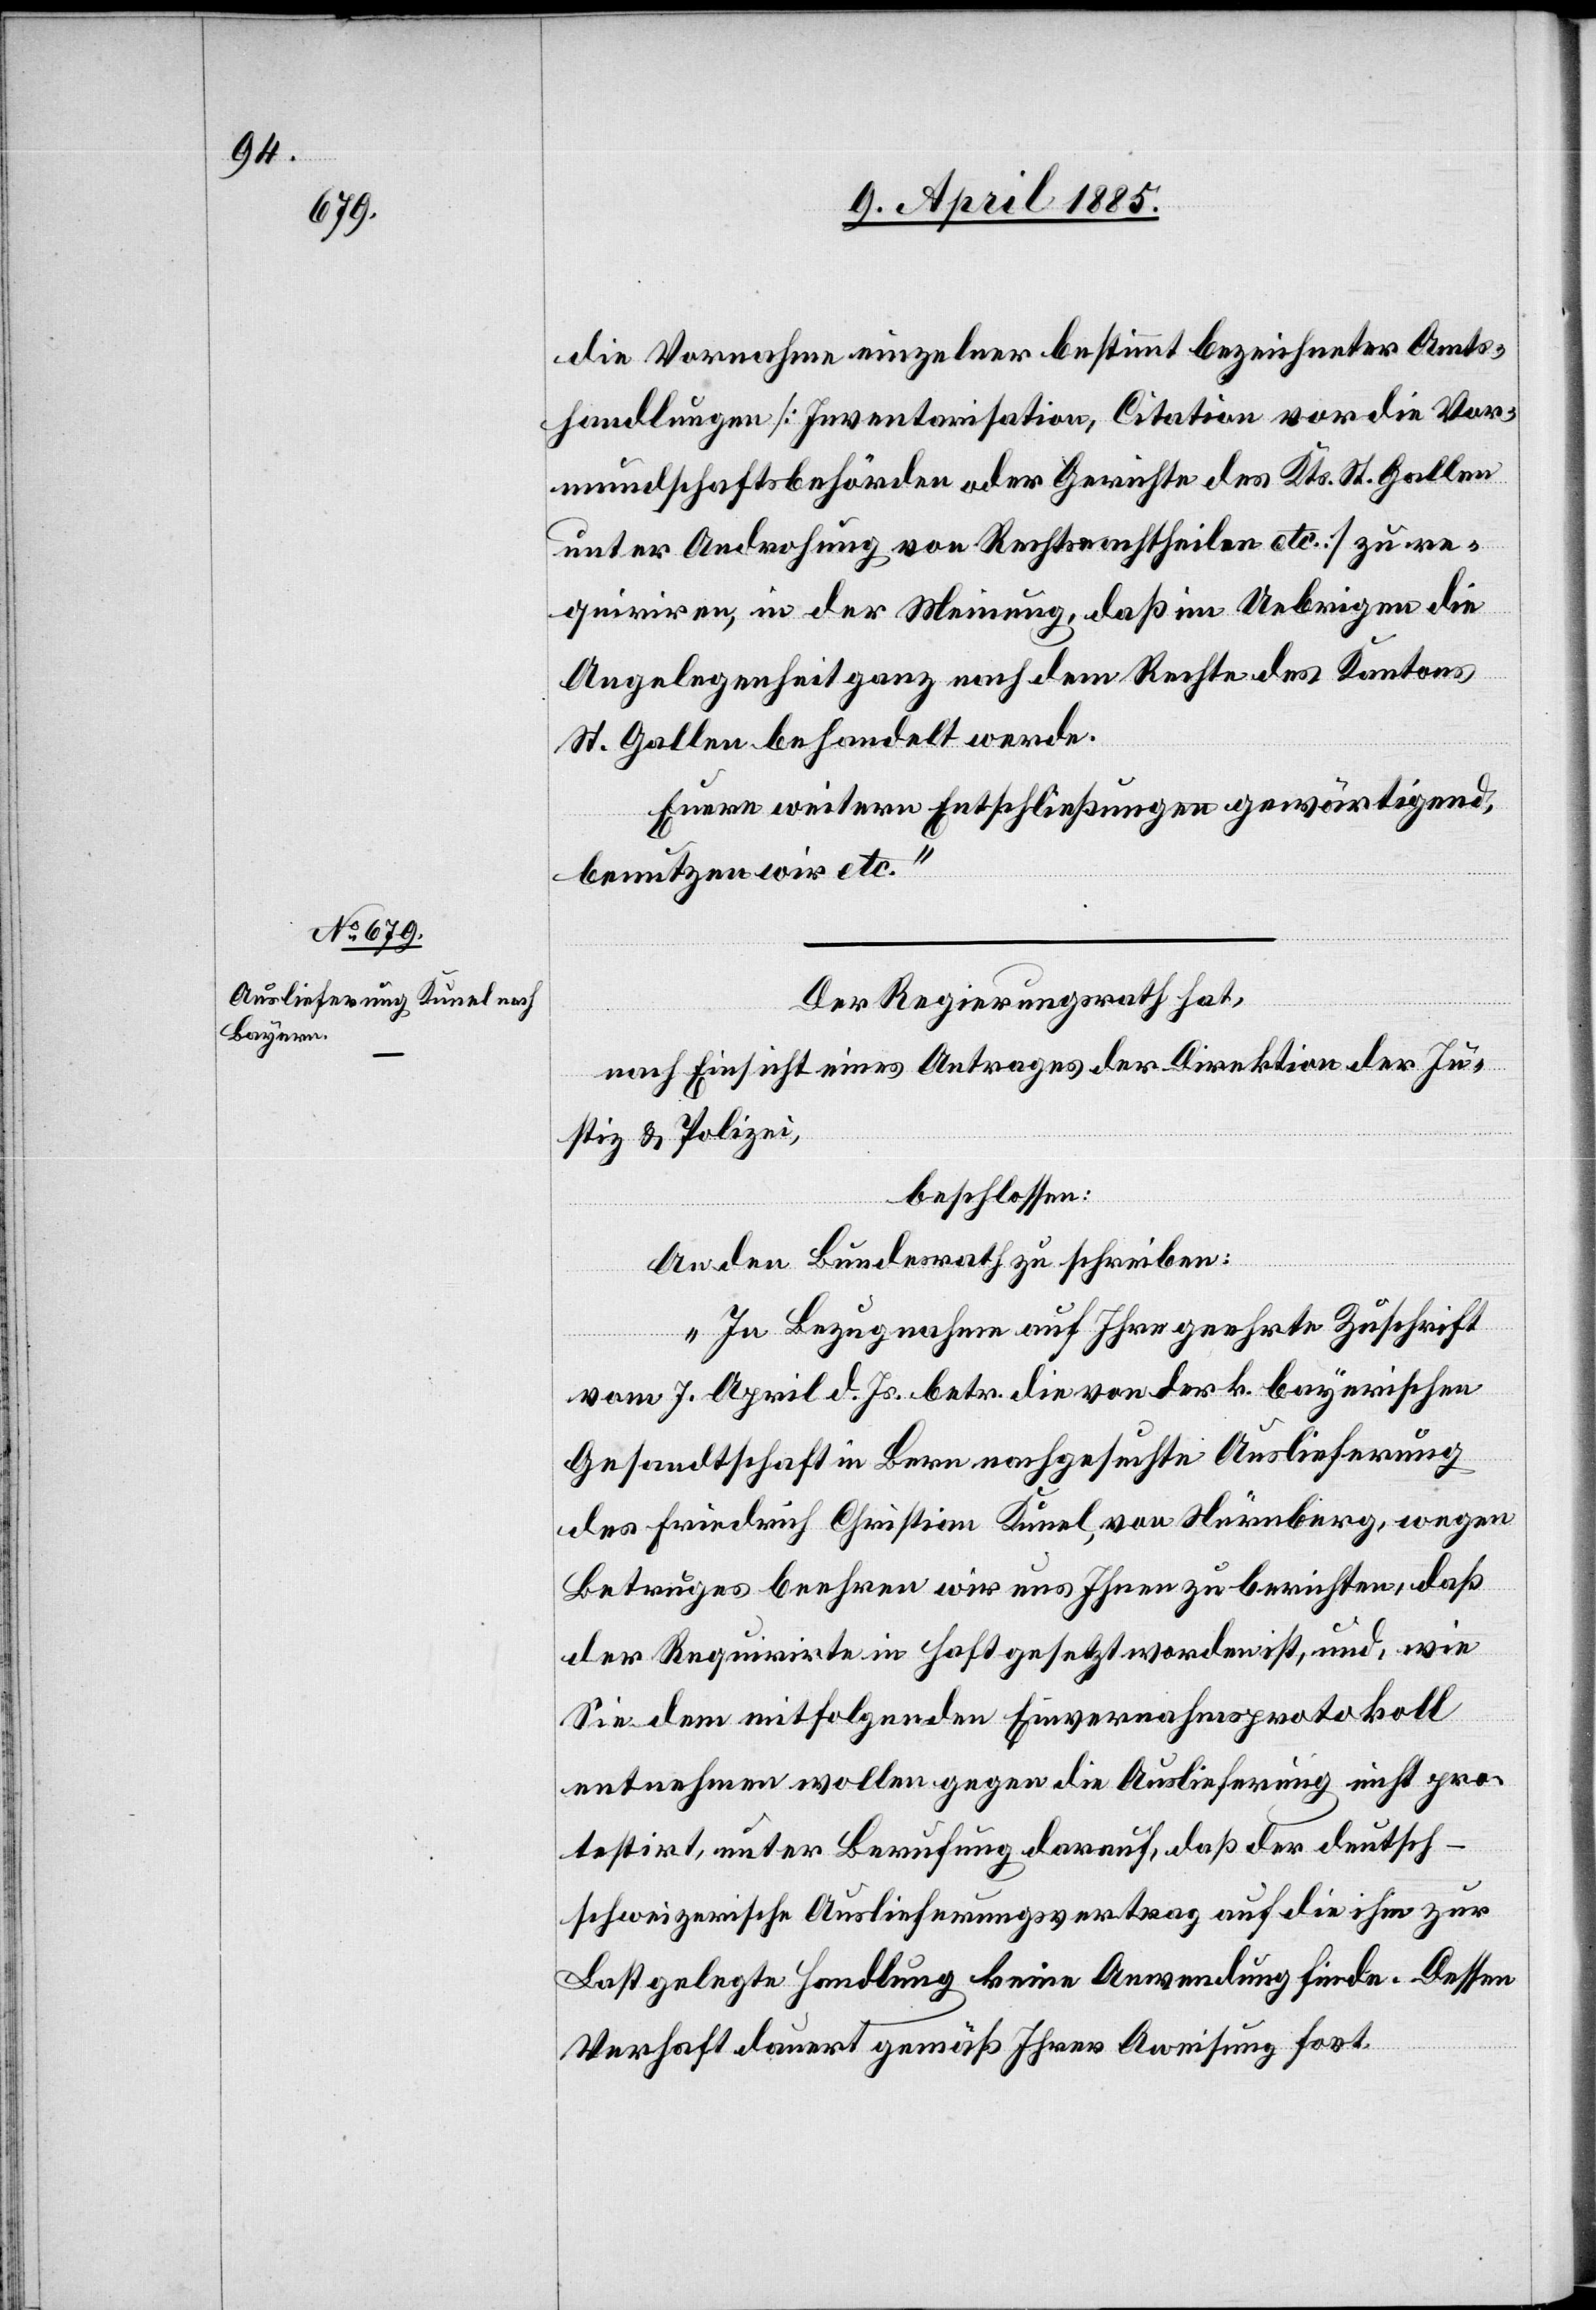
[sic!] Vornahme einzelner bestimmt bezeichneter Amts¬
handlungen [Inventorisation, Citation vor die Vor¬
mundschaftsbehörden oder Gerichte des Kts. St. Gallen
unter Androhung von Rechtsantheilen etc.] zu re¬
quiriren, in der Meinung, daß im Uebrigen die
Angelegenheit ganz nach dem Rechte des Kantons
St. Gallen behandelt werde.
Euere weitern Entschließungen gewärtigend,
benutzen wir etc.“
Der Regierungsrath hat,
nach Einsicht eines Antrages der Direktion der Ju¬
stiz & Polizei,
beschlossen:
An den Bundesrath zu schreiben:
„In Bezugnahme auf Ihre geehrte Zuschrift
vom 7. April d. Js. betr. die von der k. bayerischen
Gesandtschaft in Bern nachgesuchte Auslieferung
des Friedrich Christian Kunel, von Nürnberg, wegen
Betruges beehren wir uns Ihnen zu berichten, daß
der Requirirte in Haft gesetzt worden ist, und, wie
Sie dem mitfolgenden Einvernahmsprotokoll
entnehmen wollen gegen die Auslieferung nicht pro¬
testirt, unter Berufung darauf, daß der deutsch-s¬
chweizerische Auslieferungsvertrag auf die ihm zur
Last gelegte Handlung keine Anwendung finde. Dessen
Verhaft dauert gemäß Ihrer A[n]weisung fort.